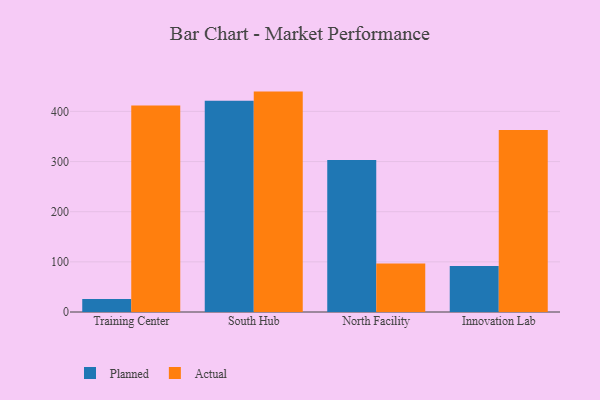
{"axis": {"x": "Campus", "y": "Website Visitors"}, "legend": ["Actual", "Planned"], "data": [{"x": "Training Center", "y": 26.0, "type": "Planned"}, {"x": "Training Center", "y": 411.7, "type": "Actual"}, {"x": "South Hub", "y": 421.3, "type": "Planned"}, {"x": "South Hub", "y": 439.5, "type": "Actual"}, {"x": "North Facility", "y": 303.1, "type": "Planned"}, {"x": "North Facility", "y": 96.8, "type": "Actual"}, {"x": "Innovation Lab", "y": 91.7, "type": "Planned"}, {"x": "Innovation Lab", "y": 363.1, "type": "Actual"}]}